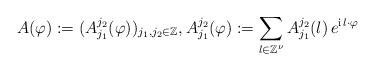
LaTeX: \begin{align*}A(\varphi):=(A_{j_1}^{j_2}(\varphi))_{j_1, j_2\in \mathbb{Z}}, A_{j_1}^{j_2}(\varphi):=\sum_{l\in\mathbb{Z}^{\nu}} A_{j_1}^{j_2}(l)\,e^{\mathrm{i}\,l\cdot\varphi}\end{align*}